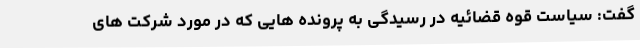
گفت: سیاست قوه قضائیه در رسیدگی به پرونده هایی که در مورد شرکت های